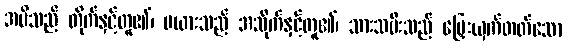
အမိသည် တိုက်နှင့်တူ၏၊ မယားသည် အသိုက်နှင့်တူ၏၊ သားသမီးသည် မြှေးယှက်တတ်သော